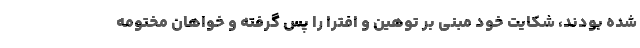
شده بودند، شکایت خود مبنی بر توهین و افترا را پس گرفته و خواهان مختومه